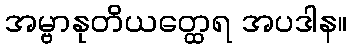
အမ္ဗာနုတိယတ္ထေရ အပဒါန။